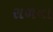
રાળના